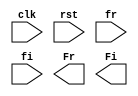
`timescale 1ns / 1ps

module fft_freq_pipe(
clk,
rst,
fr,
fi,
Fr,
Fi
    );

parameter width=8;
parameter decimal=4;

input clk,rst;

input [8*width-1:0] fr,fi;
output reg[8*width-1:0] Fr,Fi;

wire[width-1:0] o0r[7:0];
wire[width-1:0] o0i[7:0];

// Registered outputs of level 1
reg[width-1:0] r0r[7:0];
reg[width-1:0] r0i[7:0];

wire[width-1:0] o1r[7:0];
wire[width-1:0] o1i[7:0];

// Registered outputs of level 2
reg[width-1:0] r1r[7:0];
reg[width-1:0] r1i[7:0];

wire [8*width-1:0] Fwr,Fwi;


// Start of your code
//-----------------------------level 1---------------------------//




//-----------------------------level 2---------------------------//





//-----------------------------level 3---------------------------//







// End of your code


endmodule